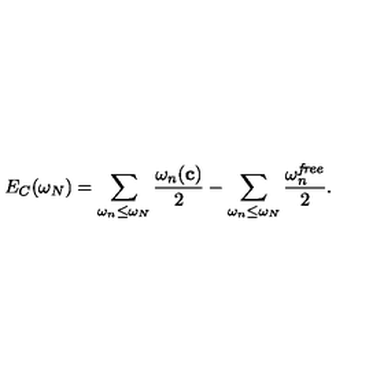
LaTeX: E _ { C } ( \omega _ { N } ) = \sum _ { \omega _ { n } \leq \omega _ { N } } { \frac { \omega _ { n } ( { \bf c } ) } { 2 } } - \sum _ { \omega _ { n } \leq \omega _ { N } } { \frac { \omega _ { n } ^ { \it f r e e } } { 2 } } .